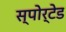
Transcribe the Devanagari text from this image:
स्पोर्टेड